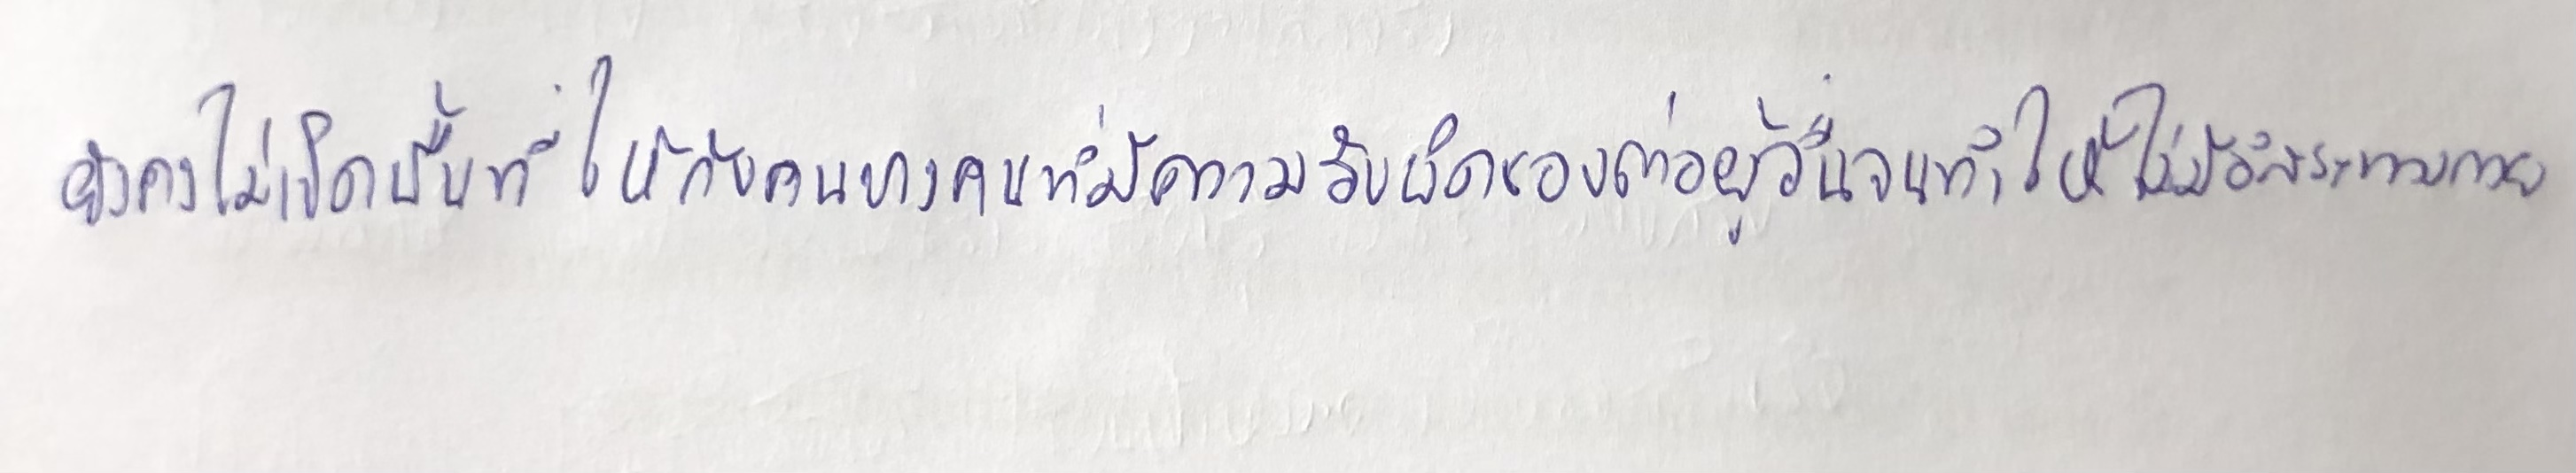
ยังคงไม่เปิดพื้นที่ให้กับคนบางคนที่มีความรับผิดชอบต่อผู้อื่นจนทำให้ไม่มีอิสระทางกาย